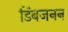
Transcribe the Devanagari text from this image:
डिंबजनन